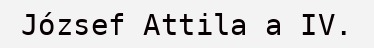
József Attila a IV.